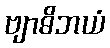
ဗျာဓိဘယံ